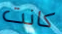
كانت